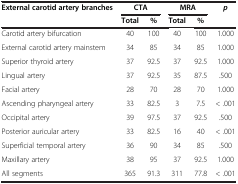
<table><thead><tr><td><b>External carotid artery branches</b></td><td colspan="2"><b>CTA</b></td><td colspan="2"><b>MRA</b></td><td><b><i>p</i></b></td></tr><tr><td><b> </b></td><td><b>Total</b></td><td><b>%</b></td><td><b>Total</b></td><td><b>%</b></td><td><b> </b></td></tr></thead><tbody><tr><td>Carotid artery bifurcation</td><td>40</td><td>100</td><td>40</td><td>100</td><td>1.000</td></tr><tr><td>External carotid artery mainstem</td><td>34</td><td>85</td><td>34</td><td>85</td><td>1.000</td></tr><tr><td>Superior thyroid artery</td><td>37</td><td>92.5</td><td>37</td><td>92.5</td><td>1.000</td></tr><tr><td>Lingual artery</td><td>37</td><td>92.5</td><td>35</td><td>87.5</td><td>.500</td></tr><tr><td>Facial artery</td><td>28</td><td>70</td><td>28</td><td>70</td><td>1.000</td></tr><tr><td>Ascending pharyngeal artery</td><td>33</td><td>82.5</td><td>3</td><td>7.5</td><td>&lt; .001</td></tr><tr><td>Occipital artery</td><td>39</td><td>97.5</td><td>37</td><td>92.5</td><td>.500</td></tr><tr><td>Posterior auricular artery</td><td>33</td><td>82.5</td><td>16</td><td>40</td><td>&lt; .001</td></tr><tr><td>Superficial temporal artery</td><td>36</td><td>90</td><td>34</td><td>85</td><td>.500</td></tr><tr><td>Maxillary artery</td><td>38</td><td>95</td><td>37</td><td>92.5</td><td>1.000</td></tr><tr><td>All segments</td><td>365</td><td>91.3</td><td>311</td><td>77.8</td><td>&lt; .001</td></tr></tbody></table>